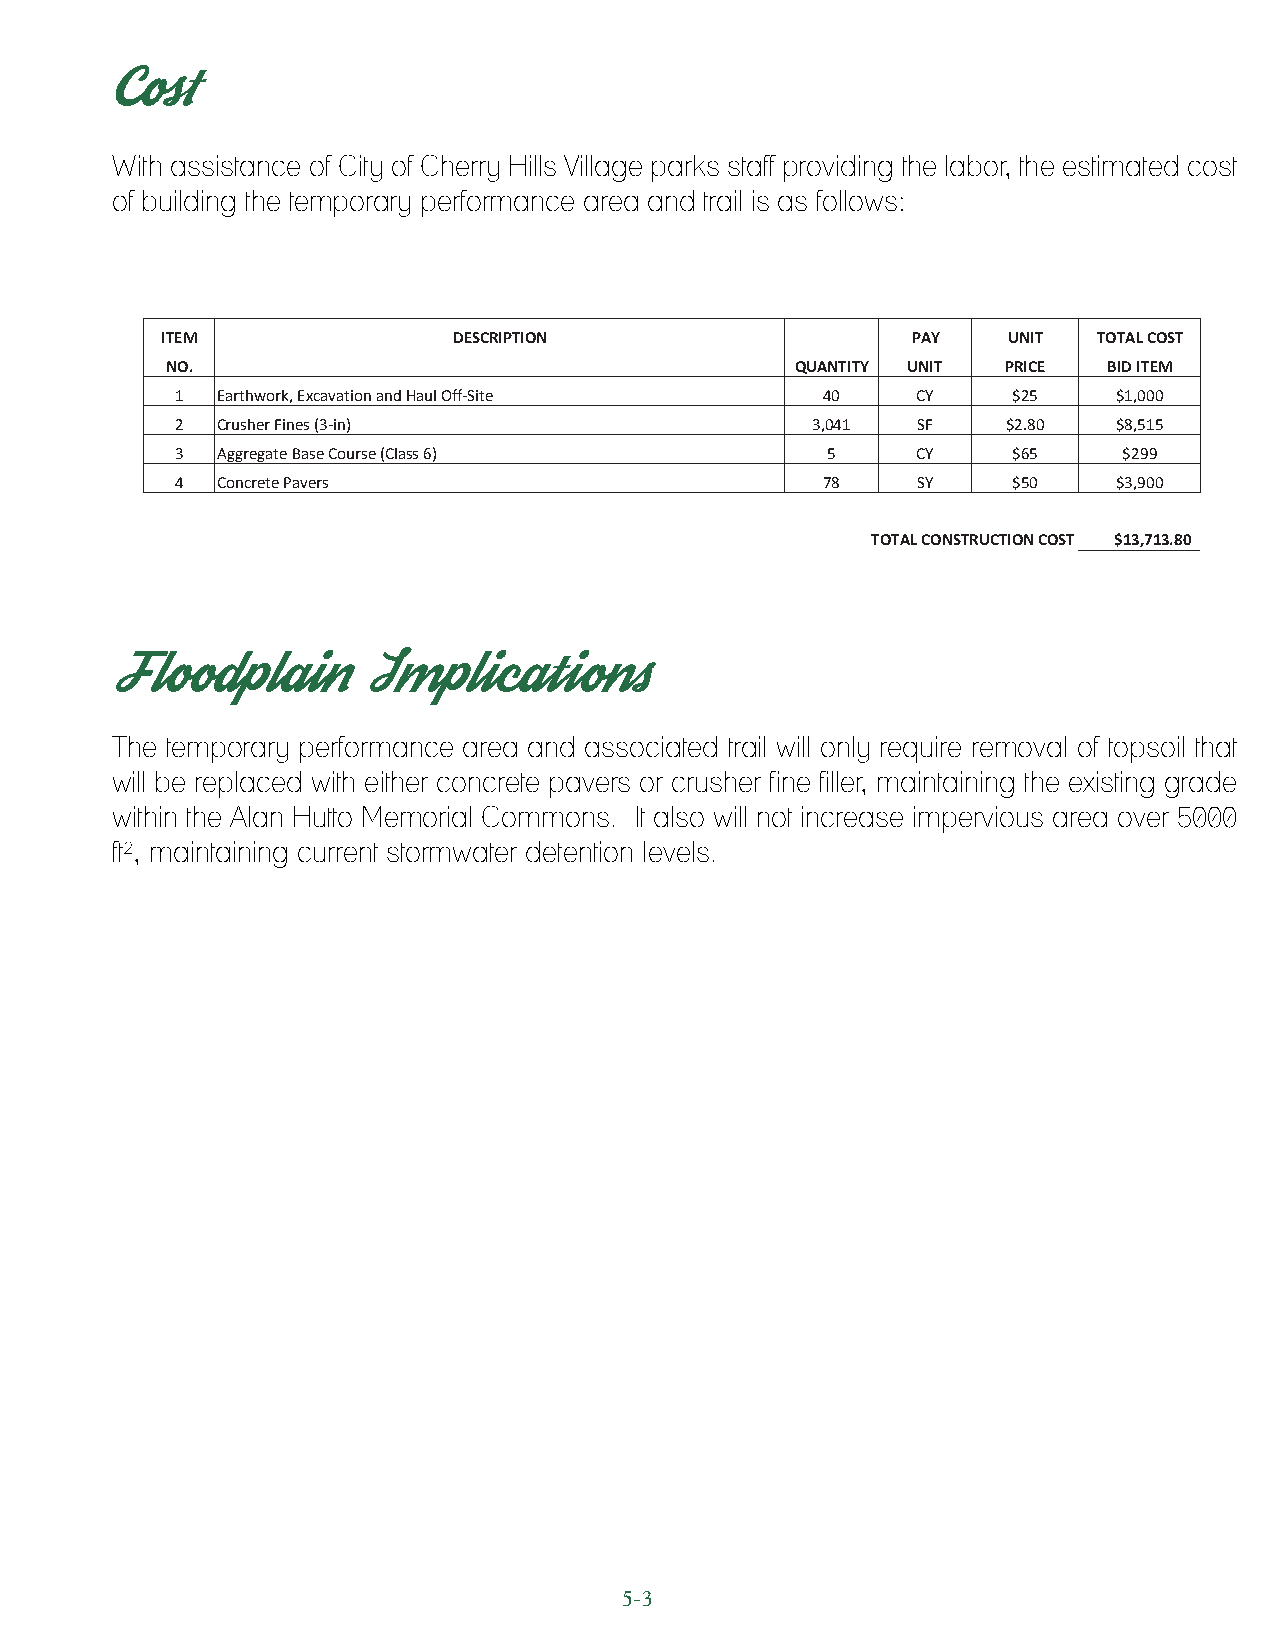
Cost
 With assistance of City of Cherry Hills Village parks staff providing the labor, the estimated cost
 of building the temporary performance area and trail is as follows:
 ITEM               DESCRIPTION                   PAY    UNIT  TOTAL COST
 NO.                                       QUANTITY UNIT PRICE BID ITEM
 1 Earthwork, Excavation and Haul Off-Site  40    CY    $25    $1,000
 2 Crusher Fines (3-in)                    3,041  SF    $2.80  $8,515
 3 Aggregate Base Course (Class 6)          5     CY    $65    $299
 4 Concrete Pavers                          78    SY    $50    $3,900
 TOTAL CONSTRUCTION COST $13,713.80
 Floodplain       Implications
 The temporary performance area and associated trail will only require removal of topsoil that
 will be replaced with either concrete pavers or crusher fine filler, maintaining the existing grade
 within the Alan Hutto Memorial Commons. It also will not increase impervious area over 5000
 ft², maintaining current stormwater detention levels.
 5-3